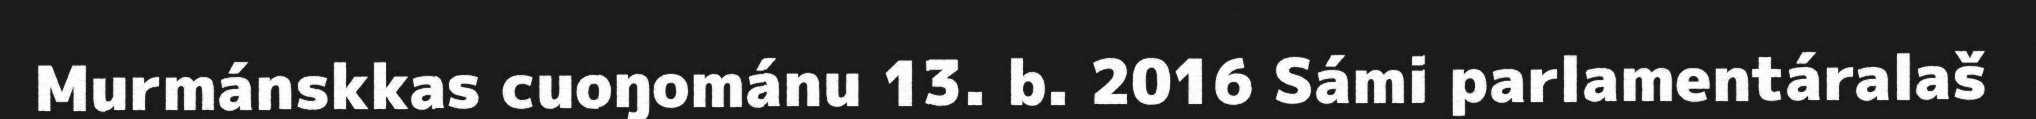
Murmánskkas cuoŋománu 13. b. 2016 Sámi parlamentáralaš